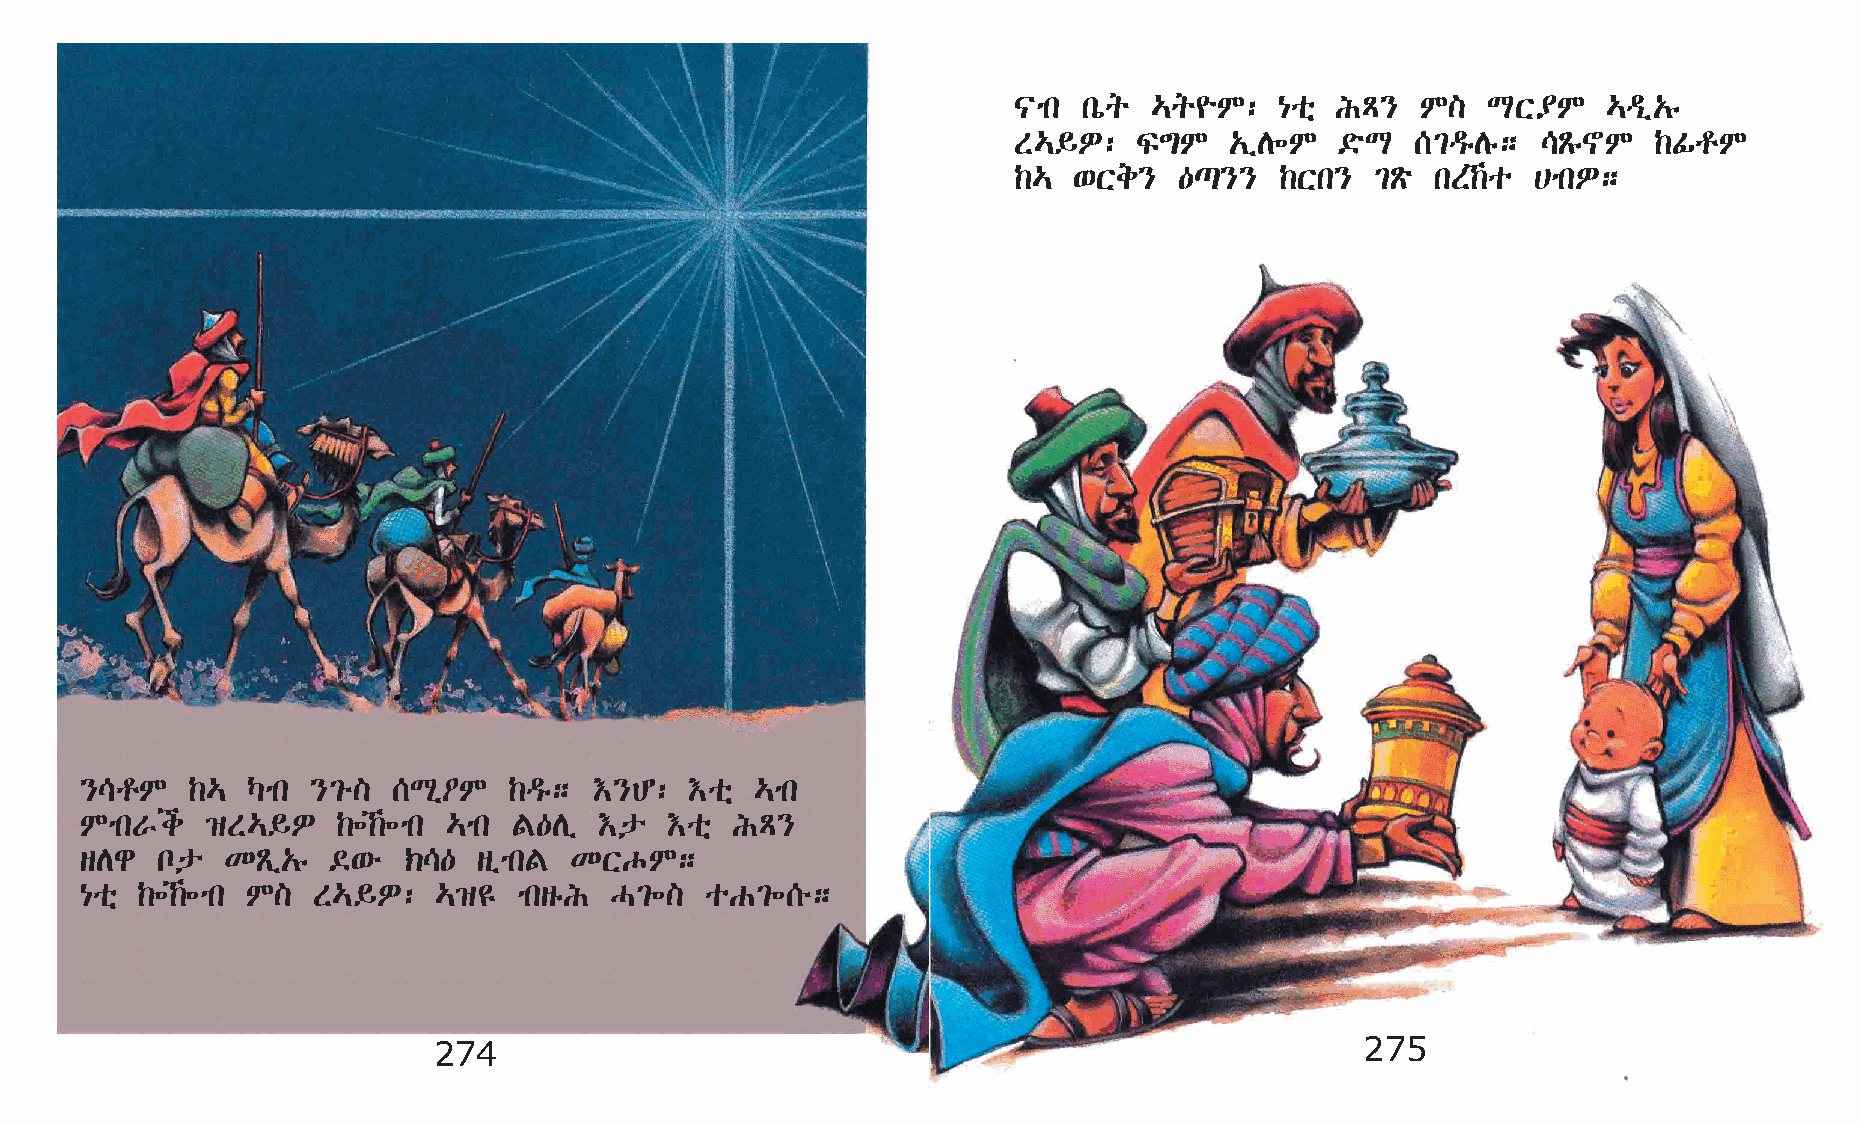
|mk  kòq …q¨M:    {oñ IÄ}  M]  LX¥M    …ªï„ê
 S…§È:   Ï´M   „ïD÷M   ©öL  [²ªêDê; \Ãê~M  ‰ÌrM
 ‰…  ‘Xe}   —¸}}   ‰Xk}  ²Ãö kS‰o @mkÈ;
 }\rM   ‰…  Šmk  }²é] [Lð˜M   ‰ªê; †}C:   †oñ …mk
 MmkVi    ›S…§È   ‰÷‰÷mk …mk F—Dï  †p  †oñ IÄ}
 sDg  np   KÃï„ê  ©‘é  ‹\—  sïmkF KXJM;
 {oñ ‰÷‰÷mk M]  S…§È:   …›£  mksêI H²÷]   oG²÷[é;
 274                                                          275